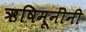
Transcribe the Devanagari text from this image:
ऋषिमूनींनी